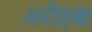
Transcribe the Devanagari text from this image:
अरोइबा